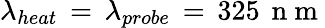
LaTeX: \lambda_{heat}\, =\, \lambda_{probe}\, =\, 325\, \mathrm{~n~m~}